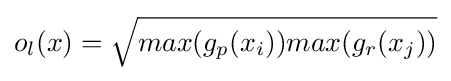
o_{l}(x)={\sqrt {max(g_{p}(x_{i}))max(g_{r}(x_{j}))}}